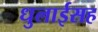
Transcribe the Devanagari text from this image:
धुलाईसह